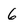
Character: 6